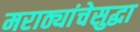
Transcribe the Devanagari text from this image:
मराठ्यांचेसुद्धा